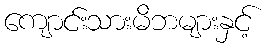
ကျောင်းသားမိဘများနှင့်